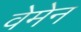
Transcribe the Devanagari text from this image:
वेमेन